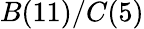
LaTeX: B(11)/C(5)